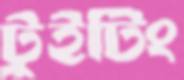
টুইটিং